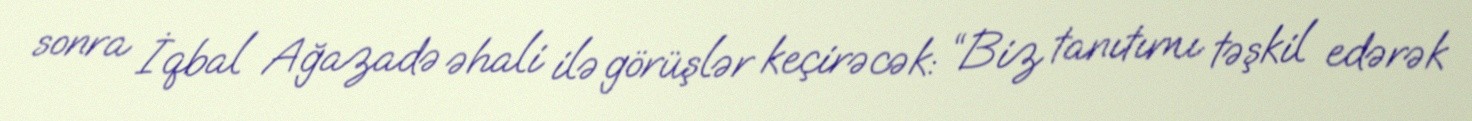
sonra İqbal Ağazadə əhali ilə görüşlər keçirəcək: “Biz tanıtımı təşkil edərək